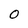
Character: 0